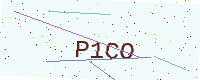
Text: P1CO